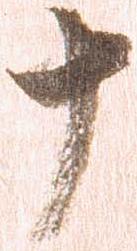
十